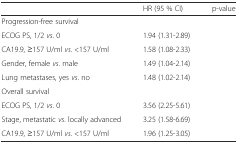
<table><thead><tr><td>[EMPTY_CELL]</td><td><b>HR (95 % CI)</b></td><td><b>p-value</b></td></tr></thead><tbody><tr><td colspan="3">Progression-free survival</td></tr><tr><td>ECOG PS, 1/2 <i>vs</i>. 0</td><td>1.94 (1.31-2.89)</td><td>[EMPTY_CELL]</td></tr><tr><td>CA19.9, ≥157 U/ml <i>vs</i>. &lt;157 U/ml</td><td>1.58 (1.08-2.33)</td><td>[EMPTY_CELL]</td></tr><tr><td>Gender, female <i>vs</i>. male</td><td>1.49 (1.04-2.14)</td><td>[EMPTY_CELL]</td></tr><tr><td>Lung metastases, yes <i>vs</i>. no</td><td>1.48 (1.02-2.14)</td><td>[EMPTY_CELL]</td></tr><tr><td colspan="3">Overall survival</td></tr><tr><td>ECOG PS, 1/2 <i>vs</i>. 0</td><td>3.56 (2.25-5.61)</td><td>[EMPTY_CELL]</td></tr><tr><td>Stage, metastatic <i>vs</i>. locally advanced</td><td>3.25 (1.58-6.69)</td><td>[EMPTY_CELL]</td></tr><tr><td>CA19.9, ≥157 U/ml <i>vs</i>. &lt;157 U/ml</td><td>1.96 (1.25-3.05)</td><td>[EMPTY_CELL]</td></tr></tbody></table>